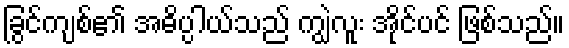
ခြွင်ကျစ်၏ အဓိပ္ပါယ်သည် ကျွဲလူး အိုင်ပင် ဖြစ်သည်။